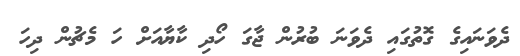
ދެވަނައިގެ ގޮތުގައި ދެވަނަ ބުރުން ޖާގަ ހޯދި ކާޔާއަށް ހަ މެޗުން ދިހަ